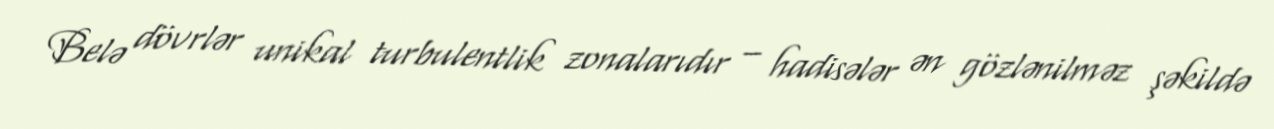
Belə dövrlər unikal turbulentlik zonalarıdır – hadisələr ən gözlənilməz şəkildə